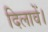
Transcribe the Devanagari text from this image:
दिलावें।